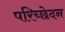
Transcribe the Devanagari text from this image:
परिच्छेदन